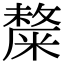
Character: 𥼋